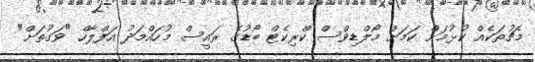
މެޗުތަކެއް ކުޅުމަށް ކަމަށް މޯލްޑިވްސް ކްރިކެޓް ބޯޑުގެ ރައީސް މުހައްމަދު އަފްލާހް "ވަގުތަށް"